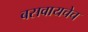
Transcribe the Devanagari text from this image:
बसवायचेच